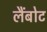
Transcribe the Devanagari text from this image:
लैंबोट